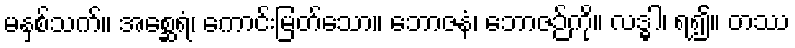
မနှစ်သက်။ အစ္ဆေရံ၊ ကောင်းမြတ်သော။ ဘောဇနံ၊ ဘောဇဉ်ကို။ လဒ္ဓါ၊ ရ၍။ တဿ